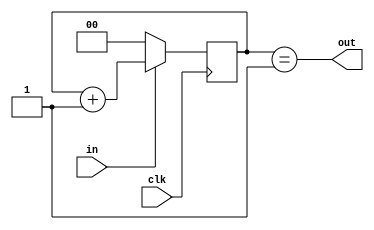
module seq_0111 (
    input  clk,
    in,
    output out
);

  parameter reg S0 = 2'b00, S1 = 2'b01, S2 = 2'b10, S3 = 2'b11;

  reg [1:0] state = S0;
  assign out = (state == S3);
  always @(posedge clk) begin
    if (in == 0) state <= S0;
    else state <= state + 1;
  end

endmodule  //seq_0111